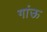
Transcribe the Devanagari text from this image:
गांऊ